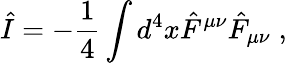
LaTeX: \hat{I}=-\frac{1}{4}\int d^{4}x\hat{F}^{\mu\nu}\hat{F}_{\mu\nu}\; ,